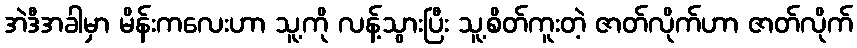
အဲဒီအခါမှာ မိန်းကလေးဟာ သူ့ကို လန့်သွားပြီး သူ့စိတ်ကူးတဲ့ ဇာတ်လိုက်ဟာ ဇာတ်လိုက်